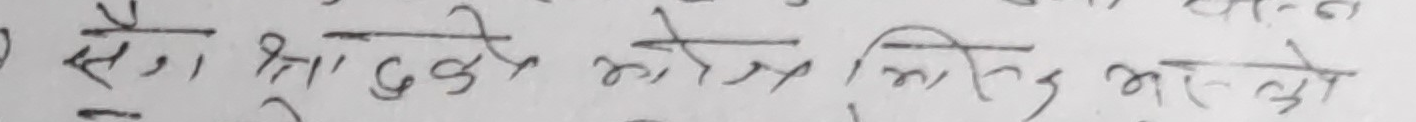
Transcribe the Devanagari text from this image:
सेंग श्री दुके कोई मिले अस्लौ